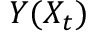
Y ( X _ { t } )